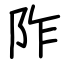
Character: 阼